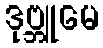
ဒုဗ္ဘူမေ